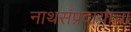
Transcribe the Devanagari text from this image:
नाथसंप्रदायाचा